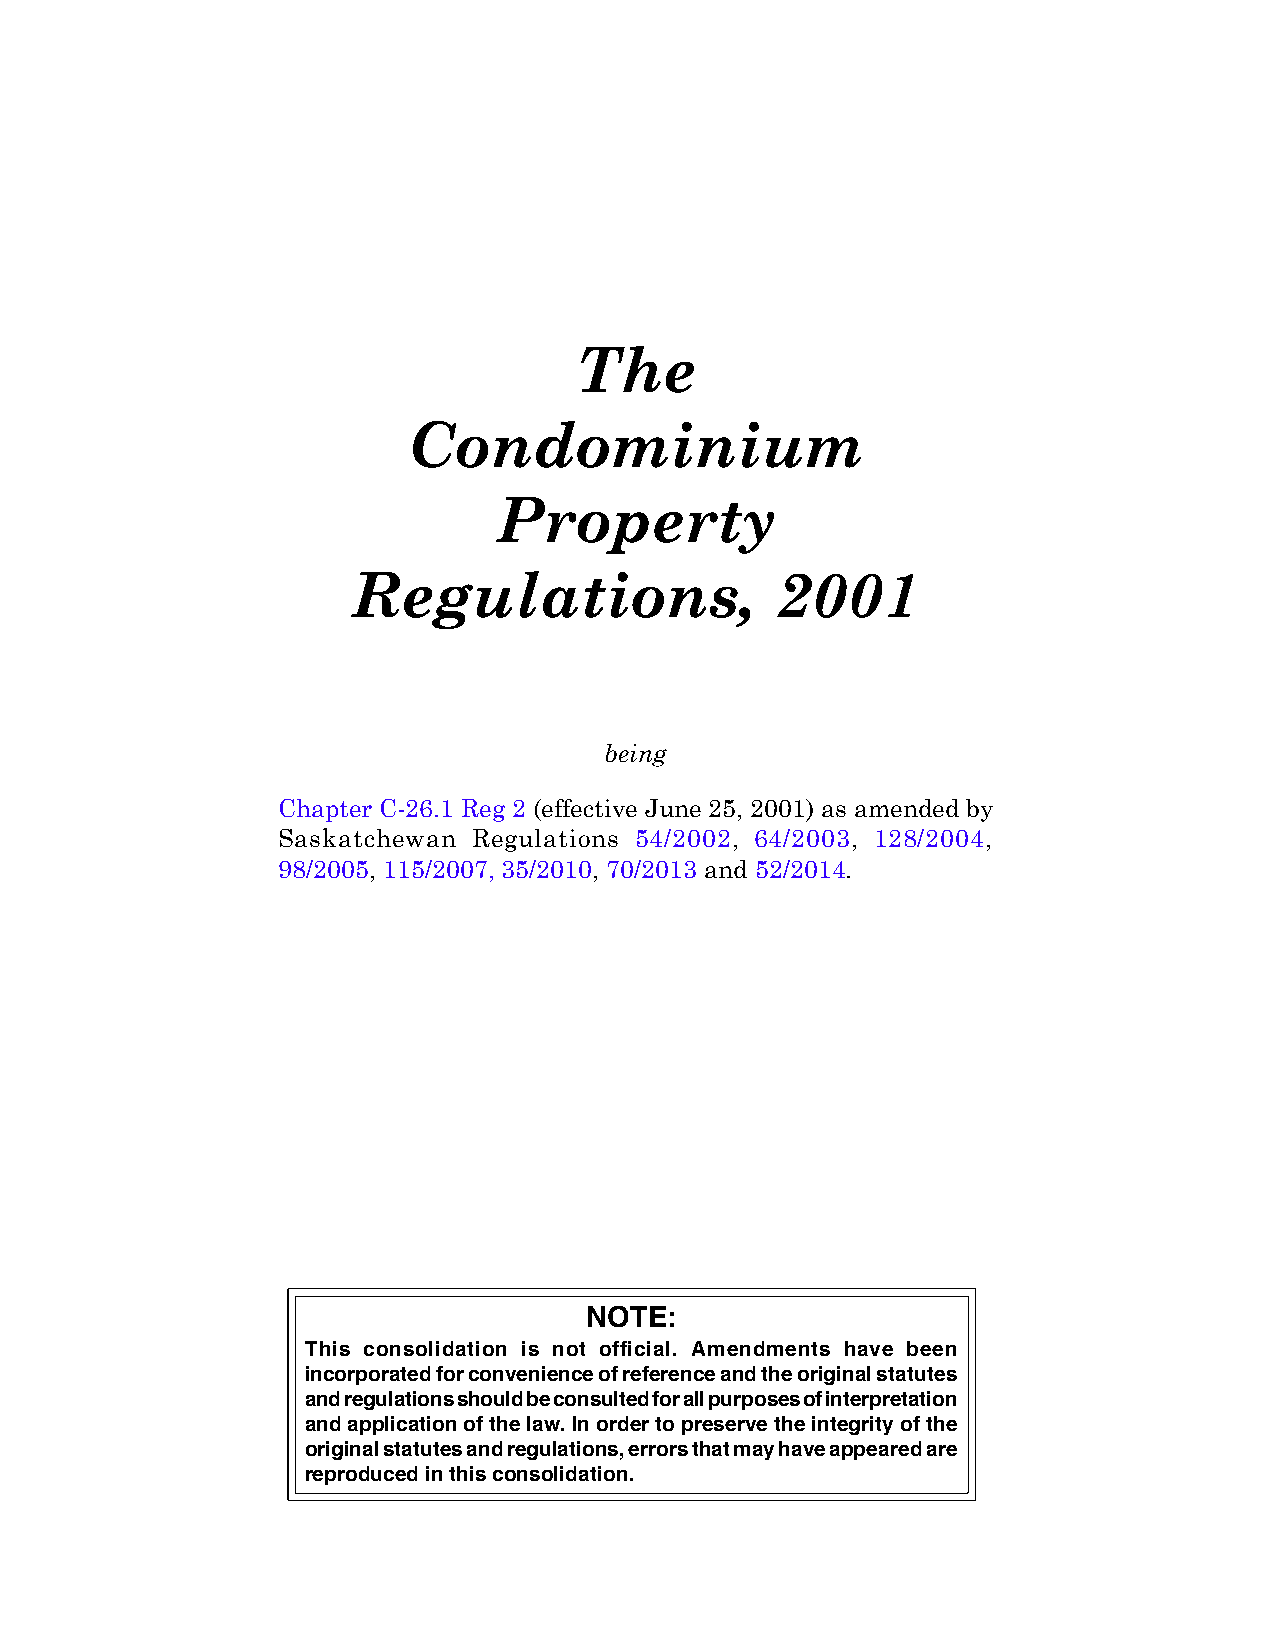
1
 CONDOMINIUM PROPERTY, 2001  C-26.1 REG 2
 The
 Condominium
 Property
 Regulations,                2001
 being
 Chapter C-26.1 Reg 2 (effective June 25, 2001) as amended by
 Saskatchewan Regulations 54/2002, 64/2003, 128/2004,
 98/2005, 115/2007, 35/2010, 70/2013 and 52/2014.
 NOTE:
 This consolidation is not official. Amendments have been
 incorporated for convenience of reference and the original statutes
 and regulations should be consulted for all purposes of interpretation
 and application of the law. In order to preserve the integrity of the
 original statutes and regulations, errors that may have appeared are
 reproduced in this consolidation.